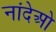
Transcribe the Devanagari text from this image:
नांदेओ